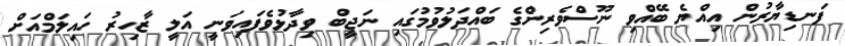
ފަނޑިޔާރުން އިއްޔެ ބޭއްވި ނޫސްވެރިންގެ ބައްދަލުވުމުގައި ނަޖީބް ވިދާޅުވެފައިވަނީ އަލީ ޒާހިރު ހައިލަމްއަށް